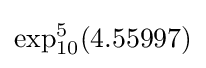
\exp _{10}^{5}(4.55997)